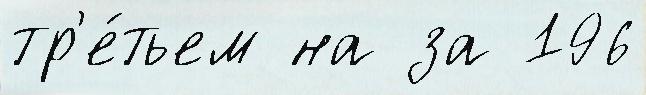
тр'е́тьем на за 196